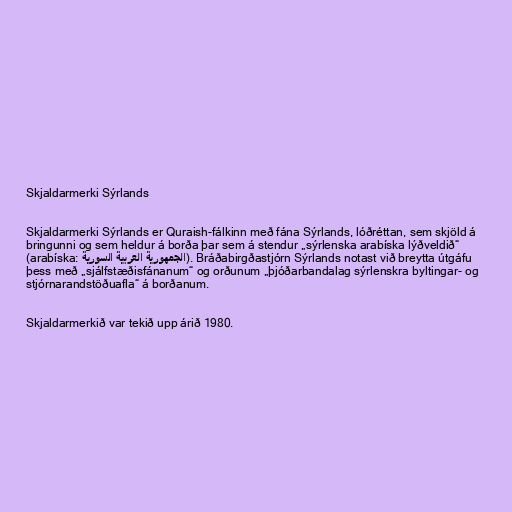
Skjaldarmerki Sýrlands

Skjaldarmerki Sýrlands er Quraish-fálkinn með fána Sýrlands, lóðréttan, sem skjöld á
bringunni og sem heldur á borða þar sem á stendur „sýrlenska arabíska lýðveldið“
(arabíska: الجمهورية العربية السورية). Bráðabirgðastjórn Sýrlands notast við breytta útgáfu
þess með „sjálfstæðisfánanum“ og orðunum „þjóðarbandalag sýrlenskra byltingar- og
stjórnarandstöðuafla“ á borðanum.

Skjaldarmerkið var tekið upp árið 1980.